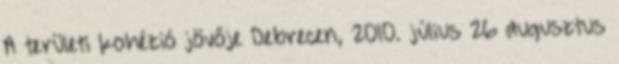
A területi kohézió jövője Debrecen, 2010. július 26 augusztus